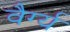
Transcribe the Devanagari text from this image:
वैर्ग्य